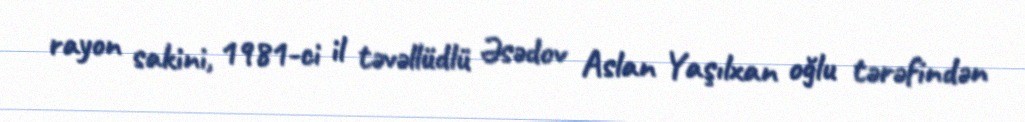
rayon sakini, 1981-ci il təvəllüdlü Əsədov Aslan Yaşılxan oğlu tərəfindən